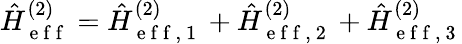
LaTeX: \hat{H}_{\mathrm{~e~f~f~}}^{(2)}=\hat{H}_{\mathrm{~e~f~f~,~1~}}^{(2)}+\hat{H}_{\mathrm{~e~f~f~,~2~}}^{(2)}+\hat{H}_{\mathrm{~e~f~f~,~3~}}^{(2)}